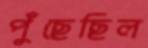
পুঁছেছিল